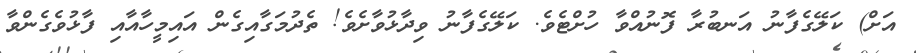
އަށް) ކަލޭގެފާނު އަނބުރާ ފޮނުއްވާ ހުށްޓެވެ. ކަލޭގެފާނު ވިދާޅުވާށެވެ! ތެދުމަގާއިގެން އައިމީހާއާއި ފާޅުވެގެންވާ